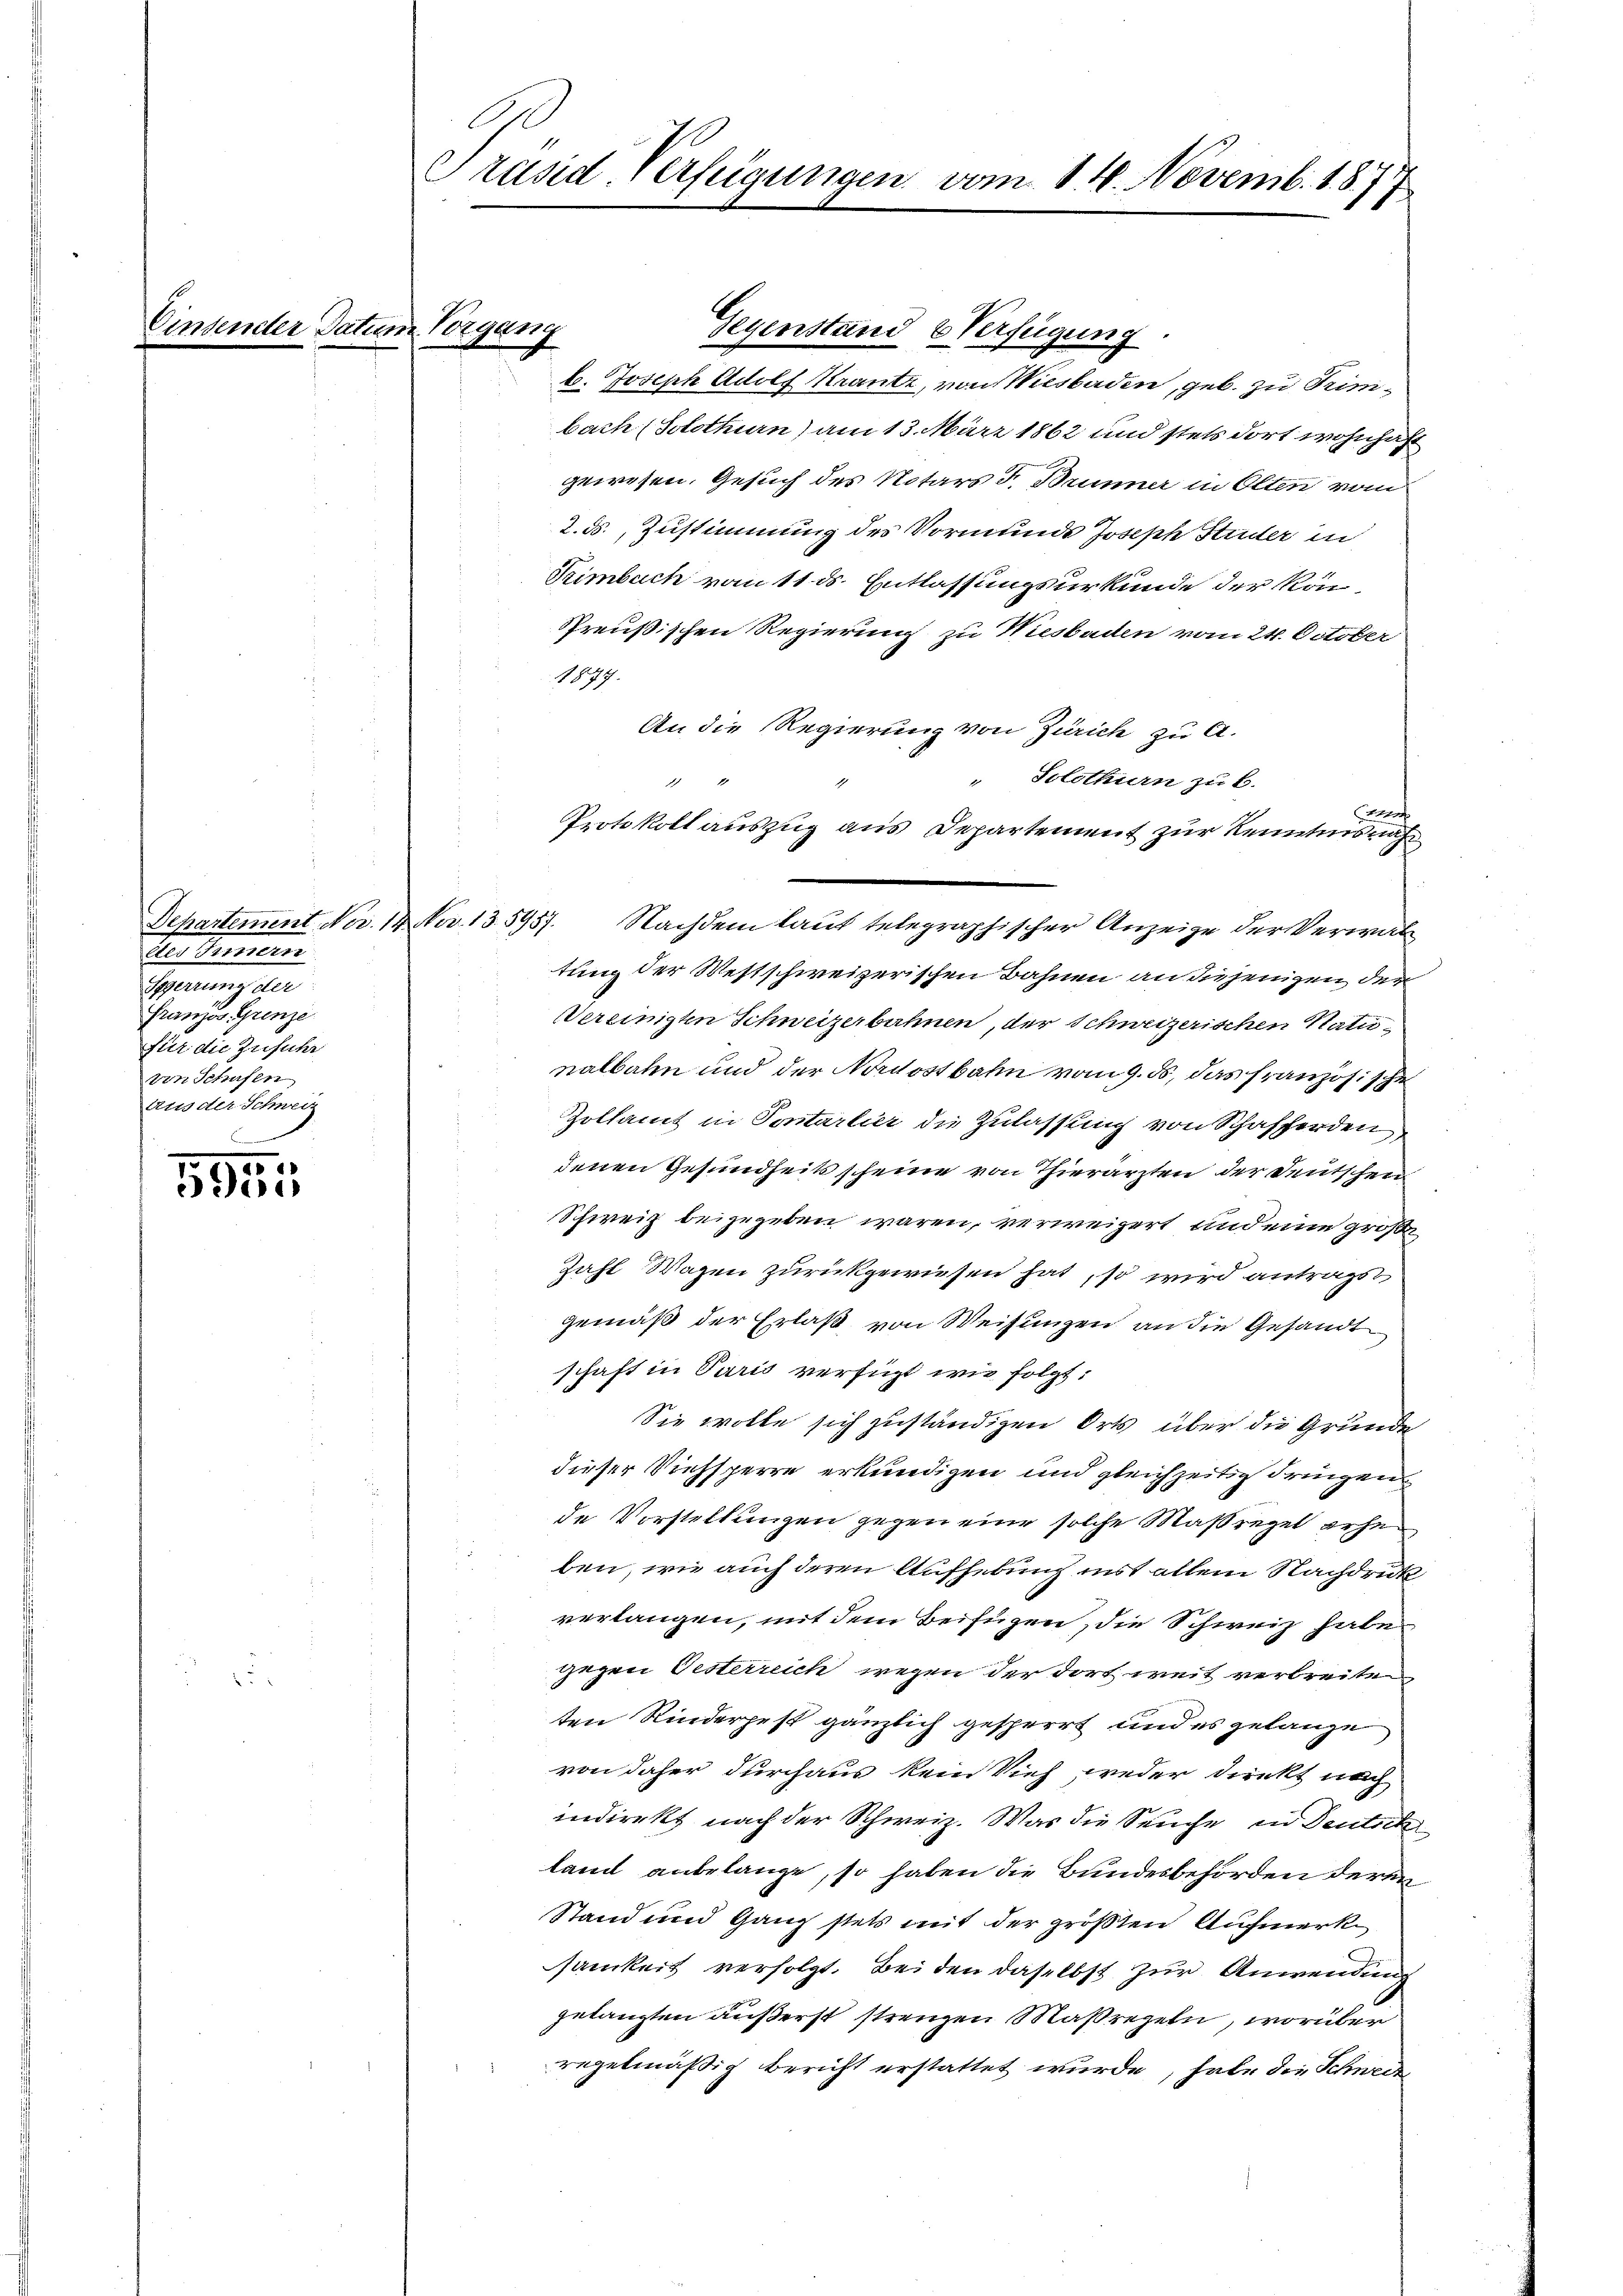
In Jennern
Sperrung der
Gränz(...) Grenze
für die Zufuhr
von Schufen
Aus der Schweiz
.

7
15
o

Vinsender Datum Vorgang

Präsid-Verfügungen vom 14. Novemb. 1877

G

b. Joseph Adolf Krantz, von Wiesbaden, geb. zu Trimbach (Solothurn) am 13. März 1862 und stets dort wohnhaft
gewesen. Gesuch des Notars F. Brunner in Olten vom
2. ds., Zustimmung des Vormunde Joseph Studer in
Timbuch von 11 ds. Entlassungsurkunde der kön¬
Preußischen Regierung zu Wiesbaden vom 24. October
1877.
An die Regierung von Zürich zu A.
" Solothurn zu B.
7
1
4
Protokoll auszug aus Departement zur Kenntnisnah
Departement Nov. 18. Nov. 13. 5957. Nachdem laut telegraphischer Anzeige der Verwaltung der Westschweizerischen Bahnen an diejenigen der
Vereinigten Schweizerbahnen, der Schweizerischen Natunalbahn und der Nordostbahn vom 9. ds, das französischen
Zollamt in Sontarlier die Zulassung von Schafferden
denen Gesundheits scheine von Thierärzten der Deutschen
Schweiz beizugeben wären, verweigert und eine große
Zahl Wagen zurückgewiesen hat, so wird antragst
gemäß der Erlaß von Weisungen an die Gesandt
schaft in Paris verfügt wie folgt:
Sie wolle sich zuständigen Orts über die Grunde
dieser Viehsperre erkundigen und gleichzeitig dringen
de Vorstellungen gegen eine solche Maßregel erhe
ben, wie auch deren Aufhebung inst allein Nachdruk
verlangen, mit dem Beifügen, die Schweiz habe
gegen Oesterreich wegen der dort weit verbreite
ten Kinderpest gänzlich gesperrt und es gelange
von daher durchaus kein Vieh weder Direkt nach
indirekt nach der Schweiz. Was die Seuche in Deutsch
land anbelange, so haben die Bundesbehörden deren
Stand und Ganz stets mit der größten Aufmerk
samkeit verfolgt. Bei den daselbst zur Anwendung
gelangten äußerst strenzen Maßregeln, worüber
regelmäßig bericht erstattet wurde, habe die Schneie

Gegenstand & Verfügung.